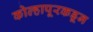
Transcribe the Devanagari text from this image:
कोल्हापूरकडून